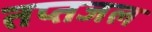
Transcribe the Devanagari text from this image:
तप्तजल